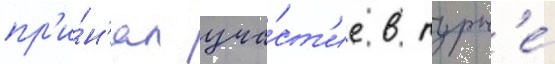
пр'и́н'ял уча́ст'ие в турн'е́